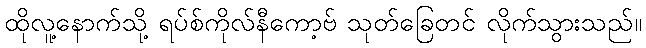
ထိုလူ့နောက်သို့ ရပ်စ်ကိုလ်နီကော့ဗ် သုတ်ခြေတင် လိုက်သွားသည်။